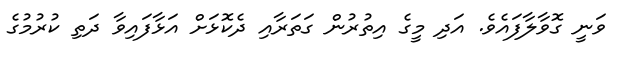
ވަނީ ގޮވާލާފައެވެ. އަދި މީގެ އިތުރުން ގަތަރާއި ދެކޮޅަށް އަޅާފައިވާ ދަތި ކުރުމުގެ